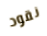
نقود